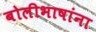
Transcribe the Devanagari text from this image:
बोलीभाषांना